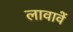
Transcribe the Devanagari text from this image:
लावावें